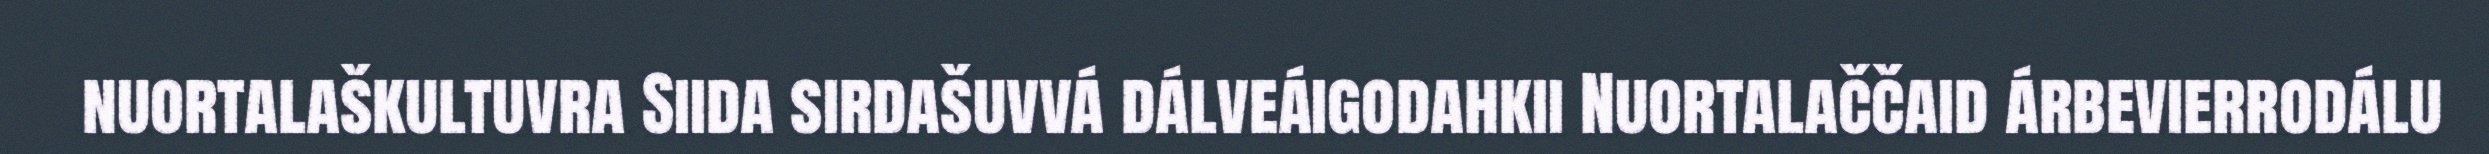
nuortalaškultuvra Siida sirdašuvvá dálveáigodahkii Nuortalaččaid árbevierrodálu